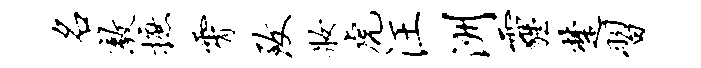
名敦摭霄致妆虎汪洲霾楚习